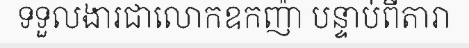
ទទួលងារជាលោកឧកញ៉ា បន្ទាប់ពីតារា